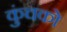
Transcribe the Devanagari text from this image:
कुंचको